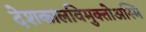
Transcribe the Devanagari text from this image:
देशकालविमुक्तोअस्मि